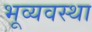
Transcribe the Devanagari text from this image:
भूव्यवस्था